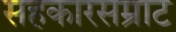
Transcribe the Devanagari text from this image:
सहकारसम्राट